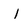
Character: l